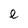
Character: e